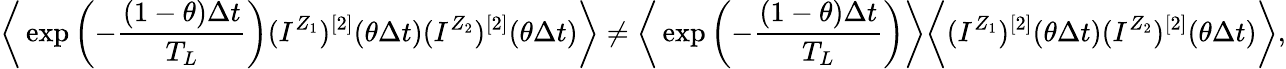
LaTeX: \bigg\langle\exp\left(-\frac{(1-\theta)\Delta t}{T_{L}}\right)(I^{Z_{1}})^{[2]}(\theta\Delta t)(I^{Z_{2}})^{[2]}(\theta\Delta t)\bigg\rangle\neq\bigg\langle\exp\left(-\frac{(1-\theta)\Delta t}{T_{L}}\right)\bigg\rangle\bigg\langle(I^{Z_{1}})^{[2]}(\theta\Delta t)(I^{Z_{2}})^{[2]}(\theta\Delta t)\bigg\rangle,